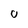
Character: 0